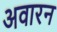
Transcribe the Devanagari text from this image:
अवारन